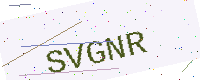
Text: SVGNR